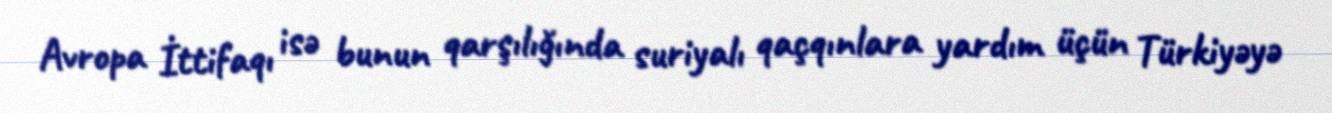
Avropa İttifaqı isə bunun qarşılığında suriyalı qaçqınlara yardım üçün Türkiyəyə